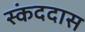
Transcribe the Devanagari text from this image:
स्कंददास